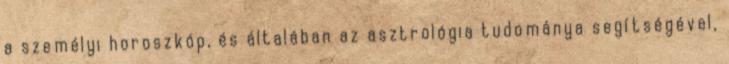
a személyi horoszkóp, és általában az asztrológia tudománya segítségével,